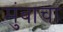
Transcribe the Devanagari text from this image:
मुंबाचा